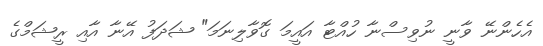
އެހެންނޭ ވާނީ ނުވިސްނާ ހުއްޓާ އައީމަ ގޮވާލިނަމަ" ޝަދަފު އޭނާ އާއި ރީޝަމްގެ